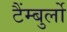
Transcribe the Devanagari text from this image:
टैंम्बुर्लो